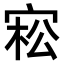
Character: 𡨭